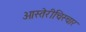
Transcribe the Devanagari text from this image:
ओस्तेरीचिस्चार